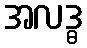
အလဒ္ဓ